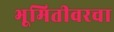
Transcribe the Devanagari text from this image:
भूमितीवरचा